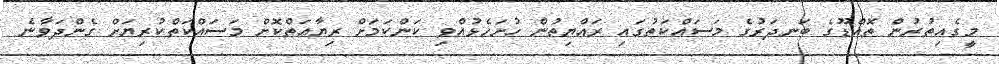
މީގެއިތުރުން ތޮއްޑޫގެ ބަނދަރުގެ މަސައްކަތުގައި ރައްޔިތުން ހުށަހެޅުއްވި ކަންކަމަށް ރިޔާއަތްކޮށް މަސައްކަތްކުރިޔަށް ގެންދަވާނެ